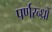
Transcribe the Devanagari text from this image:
पर्णरन्ध्रों